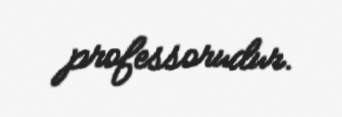
professorudur.